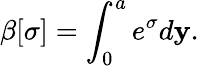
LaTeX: \beta[\sigma]=\int_{0}^{a}e^{\sigma}d\mathbf{y}.